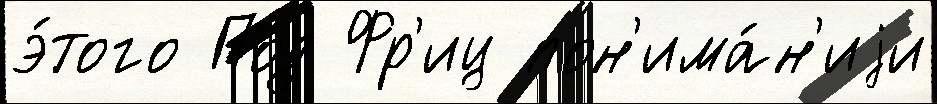
э́того Под Фр'иц пон'има́н'иjи